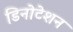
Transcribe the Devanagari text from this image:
डिनोटेशन